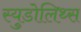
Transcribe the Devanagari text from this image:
स्युडोलिथ्स